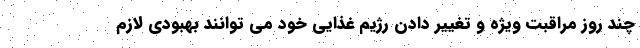
چند روز مراقبت ویژه و تغییر دادن رژیم غذایی خود می توانند بهبودی لازم